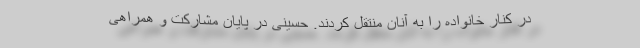
در کنار خانواده را به آنان منتقل کردند. حسینی در پایان مشارکت و همراهی